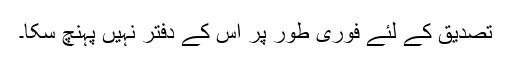
تصدیق کے لئے فوری طور پر اس کے دفتر نہیں پہنچ سکا۔